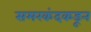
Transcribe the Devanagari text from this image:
समरकंदकडून